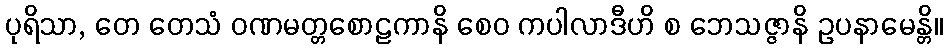
ပုရိသာ, တေ တေသံ ဝဏမတ္တစောဠကာနိ စေဝ ကပါလာဒီဟိ စ ဘေသဇ္ဇာနိ ဥပနာမေန္တိ။